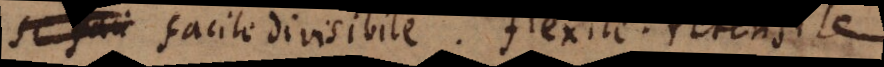
Facile divisibile. Flexile. retensile.